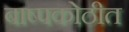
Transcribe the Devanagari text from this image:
बाष्पकोठीत